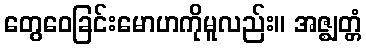
တွေဝေခြင်းမောဟကိုမူလည်း။ အဇ္ဈတ္တံ